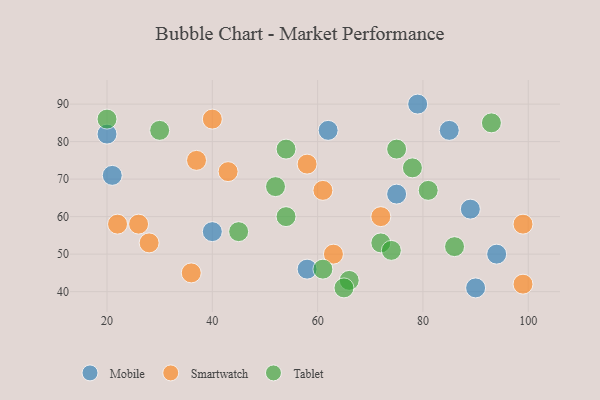
{"axis": {"x": "GDP", "y": "Life Expectancy"}, "legend": ["Mobile", "Smartwatch", "Tablet"], "data": [{"x": "94", "y": 50, "type": "Mobile"}, {"x": "90", "y": 41, "type": "Mobile"}, {"x": "85", "y": 83, "type": "Mobile"}, {"x": "21", "y": 71, "type": "Mobile"}, {"x": "20", "y": 82, "type": "Mobile"}, {"x": "75", "y": 66, "type": "Mobile"}, {"x": "62", "y": 83, "type": "Mobile"}, {"x": "79", "y": 90, "type": "Mobile"}, {"x": "89", "y": 62, "type": "Mobile"}, {"x": "58", "y": 46, "type": "Mobile"}, {"x": "40", "y": 56, "type": "Mobile"}, {"x": "26", "y": 58, "type": "Smartwatch"}, {"x": "61", "y": 67, "type": "Smartwatch"}, {"x": "22", "y": 58, "type": "Smartwatch"}, {"x": "99", "y": 58, "type": "Smartwatch"}, {"x": "36", "y": 45, "type": "Smartwatch"}, {"x": "28", "y": 53, "type": "Smartwatch"}, {"x": "37", "y": 75, "type": "Smartwatch"}, {"x": "72", "y": 60, "type": "Smartwatch"}, {"x": "63", "y": 50, "type": "Smartwatch"}, {"x": "99", "y": 42, "type": "Smartwatch"}, {"x": "43", "y": 72, "type": "Smartwatch"}, {"x": "58", "y": 74, "type": "Smartwatch"}, {"x": "40", "y": 86, "type": "Smartwatch"}, {"x": "72", "y": 53, "type": "Tablet"}, {"x": "54", "y": 60, "type": "Tablet"}, {"x": "93", "y": 85, "type": "Tablet"}, {"x": "66", "y": 43, "type": "Tablet"}, {"x": "86", "y": 52, "type": "Tablet"}, {"x": "54", "y": 78, "type": "Tablet"}, {"x": "81", "y": 67, "type": "Tablet"}, {"x": "52", "y": 68, "type": "Tablet"}, {"x": "30", "y": 83, "type": "Tablet"}, {"x": "45", "y": 56, "type": "Tablet"}, {"x": "75", "y": 78, "type": "Tablet"}, {"x": "61", "y": 46, "type": "Tablet"}, {"x": "65", "y": 41, "type": "Tablet"}, {"x": "74", "y": 51, "type": "Tablet"}, {"x": "20", "y": 86, "type": "Tablet"}, {"x": "78", "y": 73, "type": "Tablet"}]}